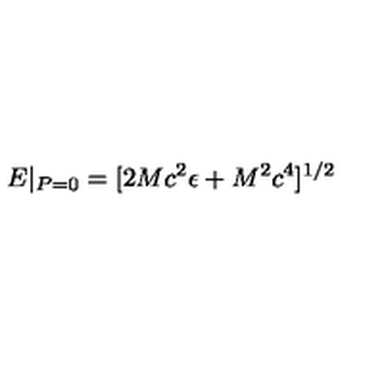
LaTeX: E | _ { P = 0 } = [ 2 M c ^ { 2 } \epsilon + M ^ { 2 } c ^ { 4 } ] ^ { 1 / 2 }